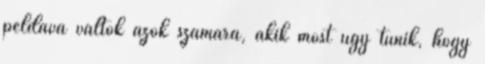
példává váltok azok számára, akik most úgy tűnik, hogy